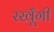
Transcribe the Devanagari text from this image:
रखूँगी